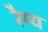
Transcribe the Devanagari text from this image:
रैम्य